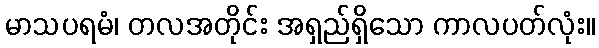
မာသပရမံ၊ တလအတိုင်း အရှည်ရှိသော ကာလပတ်လုံး။